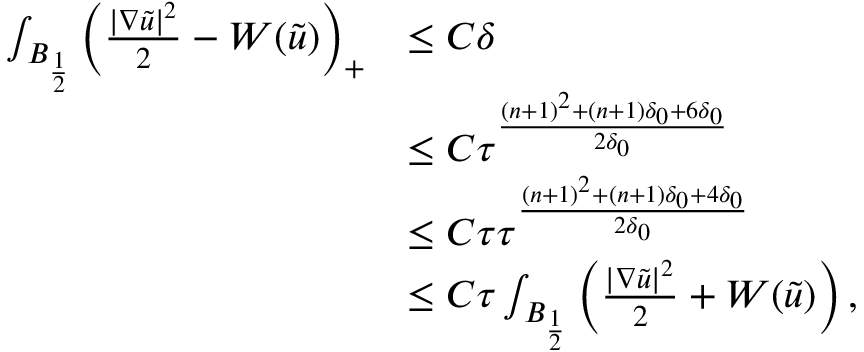
\begin{array} { r l } { \int _ { B _ { \frac { 1 } { 2 } } } \left( \frac { | \nabla \tilde { u } | ^ { 2 } } { 2 } - W ( \tilde { u } ) \right) _ { + } } & { \leq C \delta } \\ & { \leq C \tau ^ { \frac { ( n + 1 ) ^ { 2 } + ( n + 1 ) \delta _ { 0 } + 6 \delta _ { 0 } } { 2 \delta _ { 0 } } } } \\ & { \leq C \tau \tau ^ { \frac { ( n + 1 ) ^ { 2 } + ( n + 1 ) \delta _ { 0 } + 4 \delta _ { 0 } } { 2 \delta _ { 0 } } } } \\ & { \leq C \tau \int _ { B _ { \frac { 1 } { 2 } } } \left( \frac { | \nabla \tilde { u } | ^ { 2 } } { 2 } + W ( \tilde { u } ) \right) , } \end{array}